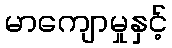
မာကျောမှုနှင့်